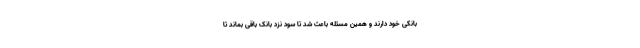
بانکی خود دارند و همین مسئله باعث شد تا سود نزد بانک باقی بماند تا